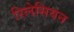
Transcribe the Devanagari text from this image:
रिलेसियन